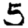
Digit: 5